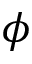
\phi